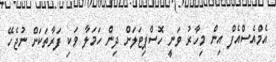
އެމްއެސްއެފް އިން މިހާރު ވަނީ ހޮސްޕިޓަލަށް ދިން ހަމަލާ ވަކި ފަރާތަކަށް ނުޖެހޭ